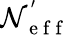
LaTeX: \mathcal{N}_{\mathrm{{~e~f~f~}}}^{'}